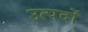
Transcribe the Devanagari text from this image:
उत्पदों